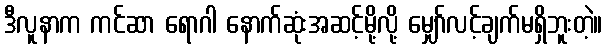
ဒီလူနာက ကင်ဆာ ရောဂါ နောက်ဆုံးအဆင့်မို့လို့ မျှော်လင့်ချက်မရှိဘူးတဲ့။